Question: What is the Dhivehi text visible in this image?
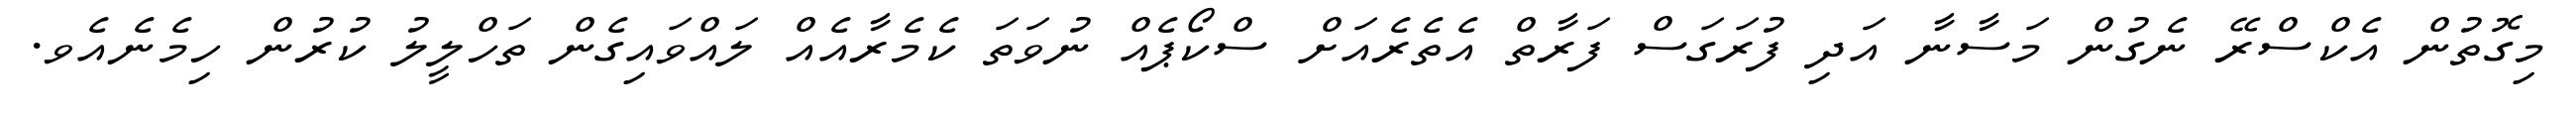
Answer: މިގޮތުން އެކްސްރޭ ނެގުން މަސާނާ އަދި ފުރަގަސް ފަރާތް އެތެރެއަށް ސްކޯޕެއް ނުވަތަ ކެމެރާއެއް ލައްވައިގެން ތަހްލީލު ކުރުން ހިމެނެއެވ.